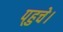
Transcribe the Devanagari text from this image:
प्‌हुचे।